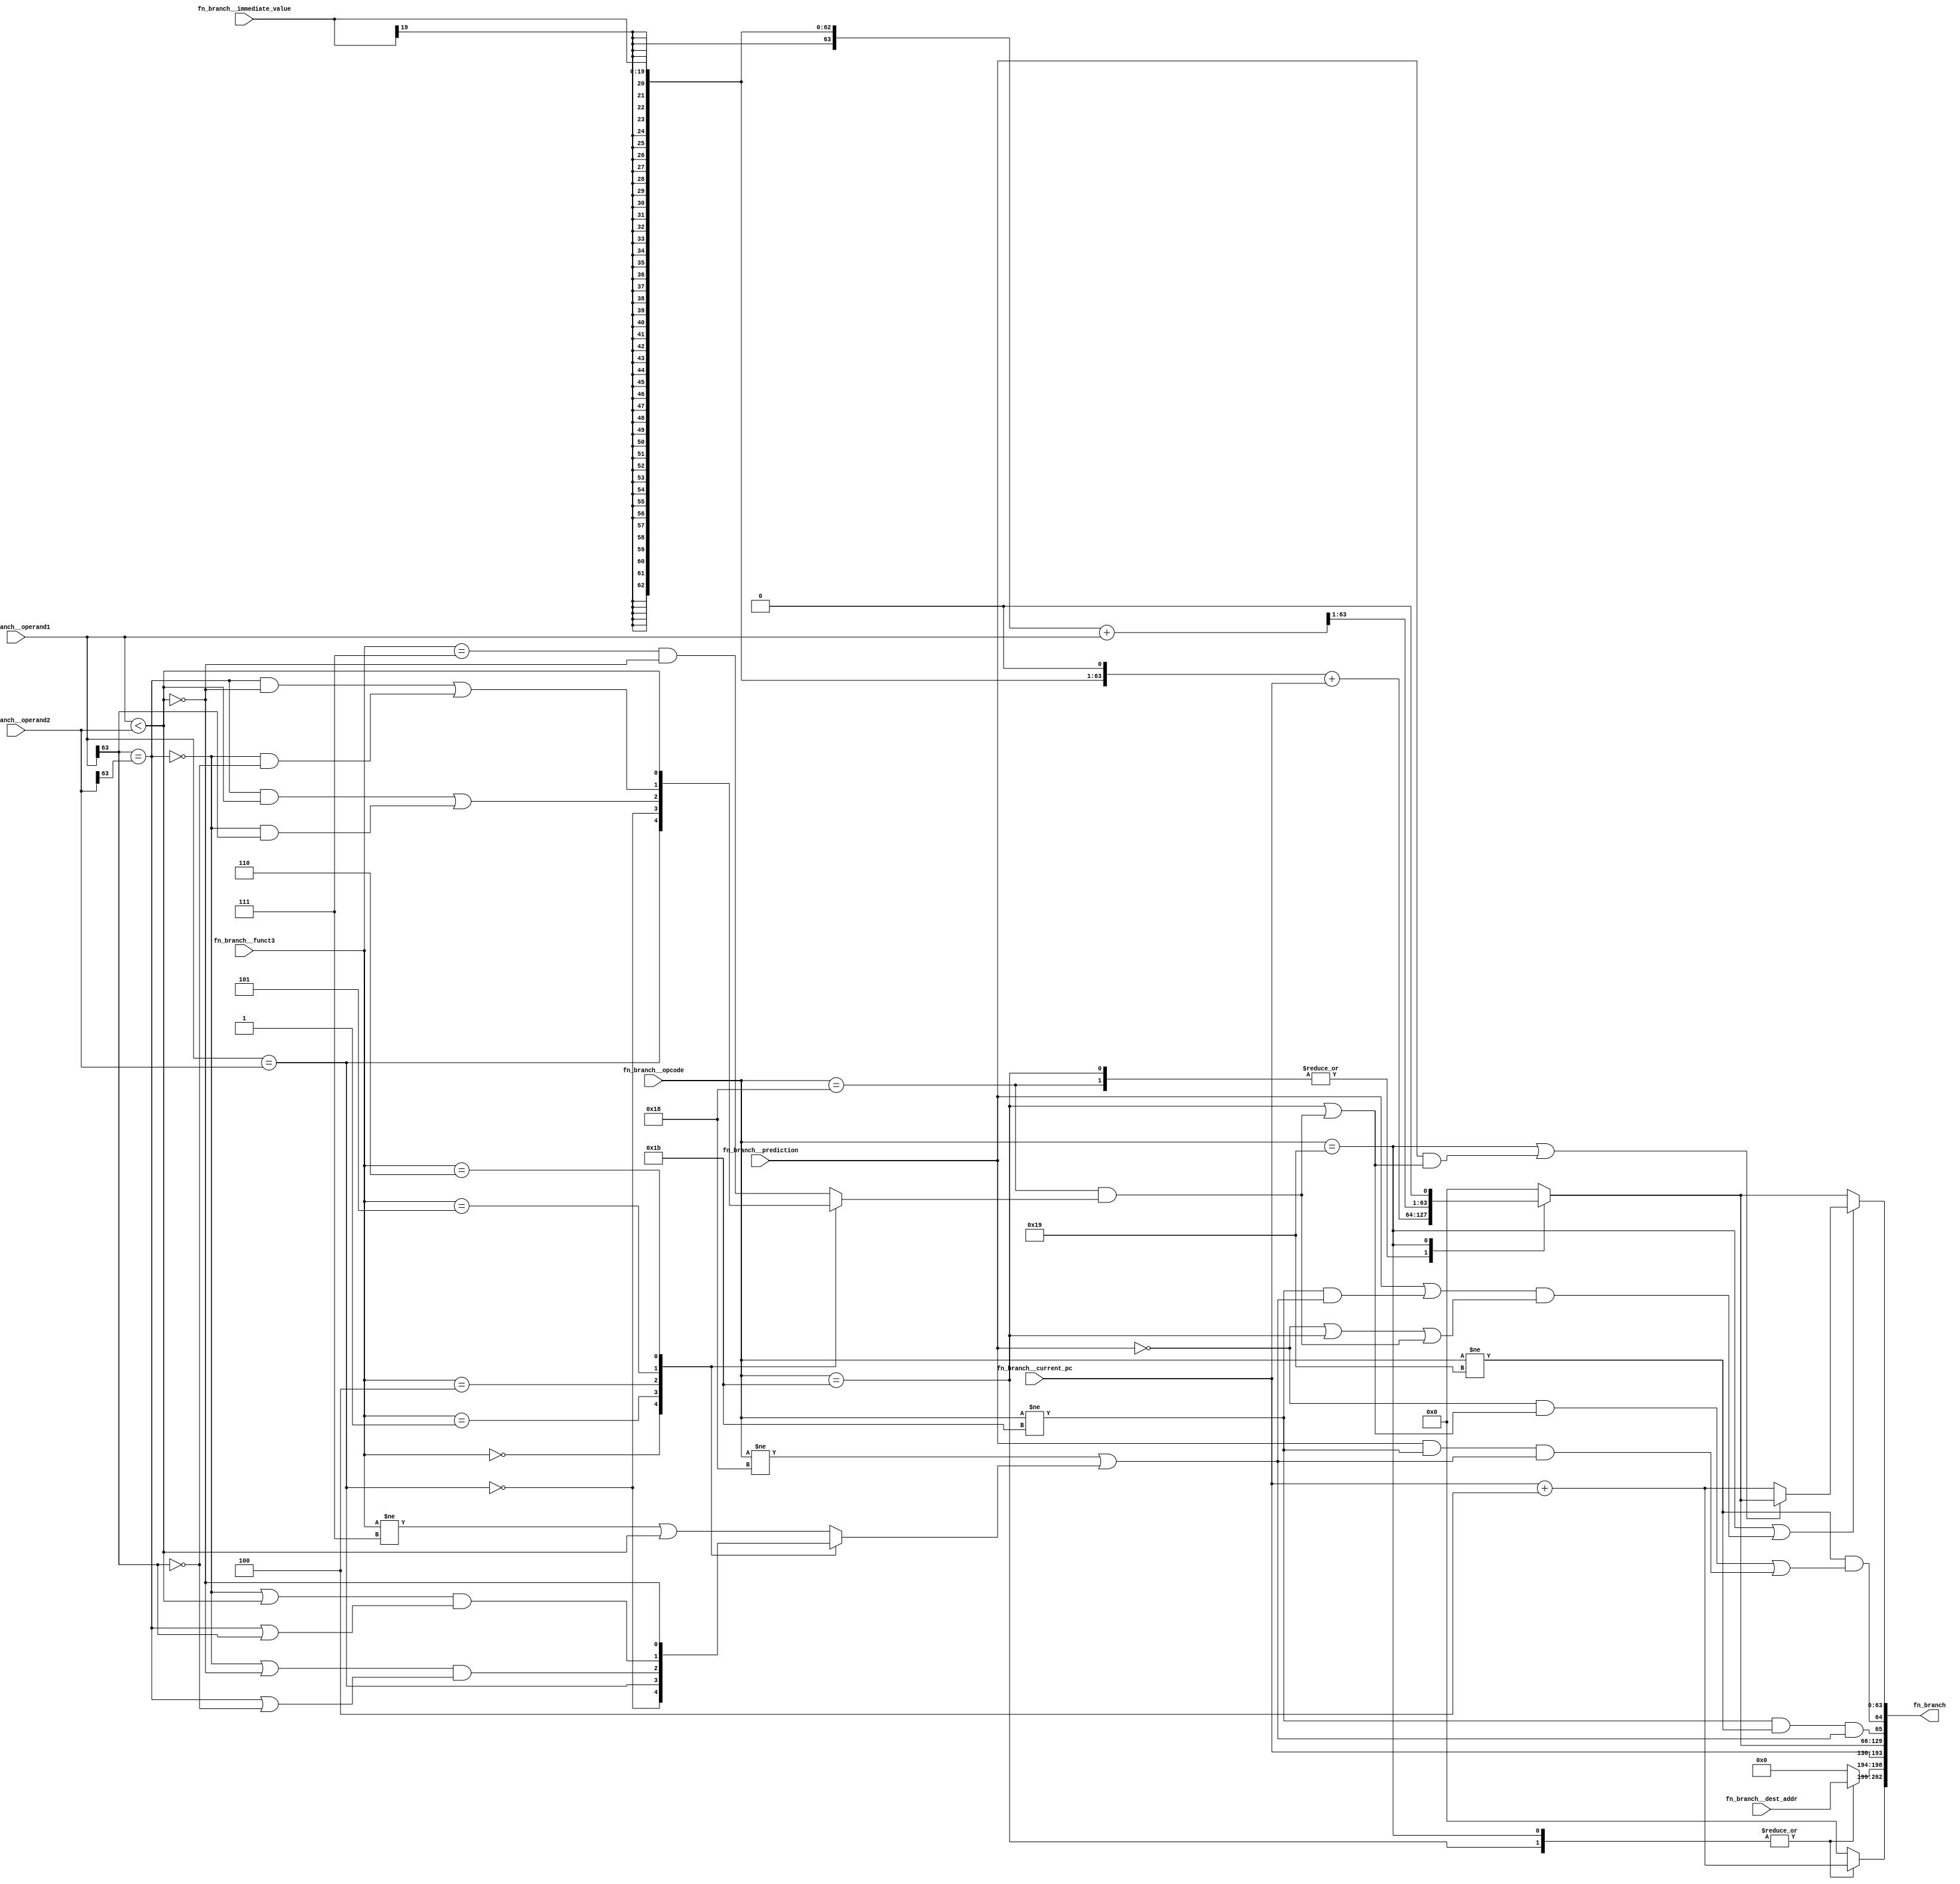
//
// Generated by Bluespec Compiler, version 2015.09.beta2 (build 34689, 2015-09-07)
//
// On Mon Dec 19 16:37:05 IST 2016
//
//
// Ports:
// Name                         I/O  size props
// fn_branch                      O   263
// fn_branch__dest_addr           I     5
// fn_branch__opcode              I     5
// fn_branch__funct3              I     3
// fn_branch__current_pc          I    64
// fn_branch__immediate_value     I    20
// fn_branch__operand1            I    64
// fn_branch__operand2            I    64
// fn_branch__prediction          I     1
//
// Combinational paths from inputs to outputs:
//   (fn_branch__dest_addr,
//    fn_branch__opcode,
//    fn_branch__funct3,
//    fn_branch__current_pc,
//    fn_branch__immediate_value,
//    fn_branch__operand1,
//    fn_branch__operand2,
//    fn_branch__prediction) -> fn_branch
//
//

`ifdef BSV_ASSIGNMENT_DELAY
`else
  `define BSV_ASSIGNMENT_DELAY
`endif

`ifdef BSV_POSITIVE_RESET
  `define BSV_RESET_VALUE 1'b1
  `define BSV_RESET_EDGE posedge
`else
  `define BSV_RESET_VALUE 1'b0
  `define BSV_RESET_EDGE negedge
`endif

module module_fn_branch(fn_branch__dest_addr,
			fn_branch__opcode,
			fn_branch__funct3,
			fn_branch__current_pc,
			fn_branch__immediate_value,
			fn_branch__operand1,
			fn_branch__operand2,
			fn_branch__prediction,
			fn_branch);
  // value method fn_branch
  input  [4 : 0] fn_branch__dest_addr;
  input  [4 : 0] fn_branch__opcode;
  input  [2 : 0] fn_branch__funct3;
  input  [63 : 0] fn_branch__current_pc;
  input  [19 : 0] fn_branch__immediate_value;
  input  [63 : 0] fn_branch__operand1;
  input  [63 : 0] fn_branch__operand2;
  input  fn_branch__prediction;
  output [262 : 0] fn_branch;

  // signals for module outputs
  wire [262 : 0] fn_branch;

  // remaining internal signals
  reg [63 : 0] CASE_fn_branch__opcode_0b11001_fn_branch__curr_ETC__q2,
	       x__h112;
  reg [4 : 0] CASE_fn_branch__opcode_0b11001_fn_branch__dest_ETC__q3;
  reg IF_fn_branch__funct3_EQ_0b0_1_THEN_NOT_fn_bran_ETC___d48,
      IF_fn_branch__funct3_EQ_0b0_1_THEN_fn_branch___ETC___d65;
  wire [63 : 0] IF_fn_branch__opcode_EQ_0b11001_OR_fn_branch___ETC___d80,
		fn_branch__current_pc_PLUS_4___d4,
		lv_effective__h158,
		lv_effective__h96,
		lv_target_offset5_PLUS_fn_branch__operand1__q1,
		lv_target_offset__h95;
  wire NOT_fn_branch__prediction_3_AND_fn_branch__opc_ETC___d71,
       fn_branch__opcode_EQ_0b11001_OR_fn_branch__pre_ETC___d78,
       fn_branch__operand1_BIT_63_6_EQ_fn_branch__ope_ETC___d28,
       fn_branch__operand1_EQ_fn_branch__operand2___d22,
       fn_branch__operand1_ULT_fn_branch__operand2___d30,
       fn_branch__prediction_OR_NOT_fn_branch__opcode_ETC___d75;

  // value method fn_branch
  assign fn_branch =
	     { CASE_fn_branch__opcode_0b11001_fn_branch__curr_ETC__q2,
	       CASE_fn_branch__opcode_0b11001_fn_branch__dest_ETC__q3,
	       fn_branch__current_pc,
	       x__h112,
	       fn_branch__opcode != 5'b11011 &&
	       fn_branch__opcode != 5'b11001 &&
	       (fn_branch__opcode != 5'b11000 ||
		IF_fn_branch__funct3_EQ_0b0_1_THEN_NOT_fn_bran_ETC___d48),
	       fn_branch__opcode != 5'b11001 &&
	       NOT_fn_branch__prediction_3_AND_fn_branch__opc_ETC___d71,
	       IF_fn_branch__opcode_EQ_0b11001_OR_fn_branch___ETC___d80 } ;

  // remaining internal signals
  assign IF_fn_branch__opcode_EQ_0b11001_OR_fn_branch___ETC___d80 =
	     (fn_branch__opcode == 5'b11001 ||
	      fn_branch__prediction_OR_NOT_fn_branch__opcode_ETC___d75) ?
	       (fn_branch__opcode_EQ_0b11001_OR_fn_branch__pre_ETC___d78 ?
		  x__h112 :
		  fn_branch__current_pc_PLUS_4___d4) :
	       x__h112 ;
  assign NOT_fn_branch__prediction_3_AND_fn_branch__opc_ETC___d71 =
	     !fn_branch__prediction &&
	     (fn_branch__opcode == 5'b11011 ||
	      fn_branch__opcode == 5'b11000 &&
	      IF_fn_branch__funct3_EQ_0b0_1_THEN_fn_branch___ETC___d65) ||
	     fn_branch__prediction && fn_branch__opcode != 5'b11011 &&
	     (fn_branch__opcode != 5'b11000 ||
	      IF_fn_branch__funct3_EQ_0b0_1_THEN_NOT_fn_bran_ETC___d48) ;
  assign fn_branch__current_pc_PLUS_4___d4 = fn_branch__current_pc + 64'd4 ;
  assign fn_branch__opcode_EQ_0b11001_OR_fn_branch__pre_ETC___d78 =
	     fn_branch__opcode == 5'b11001 ||
	     fn_branch__prediction &&
	     (fn_branch__opcode == 5'b11011 ||
	      fn_branch__opcode == 5'b11000 &&
	      IF_fn_branch__funct3_EQ_0b0_1_THEN_fn_branch___ETC___d65) ;
  assign fn_branch__operand1_BIT_63_6_EQ_fn_branch__ope_ETC___d28 =
	     fn_branch__operand1[63] == fn_branch__operand2[63] ;
  assign fn_branch__operand1_EQ_fn_branch__operand2___d22 =
	     fn_branch__operand1 == fn_branch__operand2 ;
  assign fn_branch__operand1_ULT_fn_branch__operand2___d30 =
	     fn_branch__operand1 < fn_branch__operand2 ;
  assign fn_branch__prediction_OR_NOT_fn_branch__opcode_ETC___d75 =
	     (fn_branch__prediction ||
	      fn_branch__opcode != 5'b11011 &&
	      (fn_branch__opcode != 5'b11000 ||
	       IF_fn_branch__funct3_EQ_0b0_1_THEN_NOT_fn_bran_ETC___d48)) &&
	     (!fn_branch__prediction || fn_branch__opcode == 5'b11011 ||
	      fn_branch__opcode == 5'b11000 &&
	      IF_fn_branch__funct3_EQ_0b0_1_THEN_fn_branch___ETC___d65) ;
  assign lv_effective__h158 =
	     { lv_target_offset__h95[62:0], 1'd0 } + fn_branch__current_pc ;
  assign lv_effective__h96 =
	     { lv_target_offset5_PLUS_fn_branch__operand1__q1[63:1], 1'b0 } ;
  assign lv_target_offset5_PLUS_fn_branch__operand1__q1 =
	     lv_target_offset__h95 + fn_branch__operand1 ;
  assign lv_target_offset__h95 =
	     { {44{fn_branch__immediate_value[19]}},
	       fn_branch__immediate_value } ;
  always@(fn_branch__opcode or lv_effective__h158 or lv_effective__h96)
  begin
    case (fn_branch__opcode)
      5'b11000, 5'b11011: x__h112 = lv_effective__h158;
      5'b11001: x__h112 = lv_effective__h96;
      default: x__h112 = 64'd0;
    endcase
  end
  always@(fn_branch__funct3 or
	  fn_branch__operand1_ULT_fn_branch__operand2___d30 or
	  fn_branch__operand1_EQ_fn_branch__operand2___d22 or
	  fn_branch__operand1_BIT_63_6_EQ_fn_branch__ope_ETC___d28 or
	  fn_branch__operand1)
  begin
    case (fn_branch__funct3)
      3'b0:
	  IF_fn_branch__funct3_EQ_0b0_1_THEN_fn_branch___ETC___d65 =
	      fn_branch__operand1_EQ_fn_branch__operand2___d22;
      3'b001:
	  IF_fn_branch__funct3_EQ_0b0_1_THEN_fn_branch___ETC___d65 =
	      !fn_branch__operand1_EQ_fn_branch__operand2___d22;
      3'b100:
	  IF_fn_branch__funct3_EQ_0b0_1_THEN_fn_branch___ETC___d65 =
	      fn_branch__operand1_BIT_63_6_EQ_fn_branch__ope_ETC___d28 &&
	      fn_branch__operand1_ULT_fn_branch__operand2___d30 ||
	      !fn_branch__operand1_BIT_63_6_EQ_fn_branch__ope_ETC___d28 &&
	      fn_branch__operand1[63];
      3'b101:
	  IF_fn_branch__funct3_EQ_0b0_1_THEN_fn_branch___ETC___d65 =
	      fn_branch__operand1_BIT_63_6_EQ_fn_branch__ope_ETC___d28 &&
	      !fn_branch__operand1_ULT_fn_branch__operand2___d30 ||
	      !fn_branch__operand1_BIT_63_6_EQ_fn_branch__ope_ETC___d28 &&
	      !fn_branch__operand1[63];
      3'b110:
	  IF_fn_branch__funct3_EQ_0b0_1_THEN_fn_branch___ETC___d65 =
	      fn_branch__operand1_ULT_fn_branch__operand2___d30;
      default: IF_fn_branch__funct3_EQ_0b0_1_THEN_fn_branch___ETC___d65 =
		   fn_branch__funct3 == 3'b111 &&
		   !fn_branch__operand1_ULT_fn_branch__operand2___d30;
    endcase
  end
  always@(fn_branch__funct3 or
	  fn_branch__operand1_ULT_fn_branch__operand2___d30 or
	  fn_branch__operand1_EQ_fn_branch__operand2___d22 or
	  fn_branch__operand1_BIT_63_6_EQ_fn_branch__ope_ETC___d28 or
	  fn_branch__operand1)
  begin
    case (fn_branch__funct3)
      3'b0:
	  IF_fn_branch__funct3_EQ_0b0_1_THEN_NOT_fn_bran_ETC___d48 =
	      !fn_branch__operand1_EQ_fn_branch__operand2___d22;
      3'b001:
	  IF_fn_branch__funct3_EQ_0b0_1_THEN_NOT_fn_bran_ETC___d48 =
	      fn_branch__operand1_EQ_fn_branch__operand2___d22;
      3'b100:
	  IF_fn_branch__funct3_EQ_0b0_1_THEN_NOT_fn_bran_ETC___d48 =
	      (!fn_branch__operand1_BIT_63_6_EQ_fn_branch__ope_ETC___d28 ||
	       !fn_branch__operand1_ULT_fn_branch__operand2___d30) &&
	      (fn_branch__operand1_BIT_63_6_EQ_fn_branch__ope_ETC___d28 ||
	       !fn_branch__operand1[63]);
      3'b101:
	  IF_fn_branch__funct3_EQ_0b0_1_THEN_NOT_fn_bran_ETC___d48 =
	      (!fn_branch__operand1_BIT_63_6_EQ_fn_branch__ope_ETC___d28 ||
	       fn_branch__operand1_ULT_fn_branch__operand2___d30) &&
	      (fn_branch__operand1_BIT_63_6_EQ_fn_branch__ope_ETC___d28 ||
	       fn_branch__operand1[63]);
      3'b110:
	  IF_fn_branch__funct3_EQ_0b0_1_THEN_NOT_fn_bran_ETC___d48 =
	      !fn_branch__operand1_ULT_fn_branch__operand2___d30;
      default: IF_fn_branch__funct3_EQ_0b0_1_THEN_NOT_fn_bran_ETC___d48 =
		   fn_branch__funct3 != 3'b111 ||
		   fn_branch__operand1_ULT_fn_branch__operand2___d30;
    endcase
  end
  always@(fn_branch__opcode or fn_branch__current_pc_PLUS_4___d4)
  begin
    case (fn_branch__opcode)
      5'b11001, 5'b11011:
	  CASE_fn_branch__opcode_0b11001_fn_branch__curr_ETC__q2 =
	      fn_branch__current_pc_PLUS_4___d4;
      default: CASE_fn_branch__opcode_0b11001_fn_branch__curr_ETC__q2 = 64'd0;
    endcase
  end
  always@(fn_branch__opcode or fn_branch__dest_addr)
  begin
    case (fn_branch__opcode)
      5'b11001, 5'b11011:
	  CASE_fn_branch__opcode_0b11001_fn_branch__dest_ETC__q3 =
	      fn_branch__dest_addr;
      default: CASE_fn_branch__opcode_0b11001_fn_branch__dest_ETC__q3 = 5'd0;
    endcase
  end
endmodule  // module_fn_branch